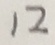
1 2